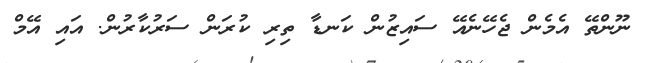
ނޫންތޭ އެމެން ޖެހޭނެއޭ ސައިޒުން ކަނޑާ ތިރި ކުރަން ސަރުކާރުން. އައި އޭމް